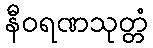
နီဝရဏသုတ္တံ